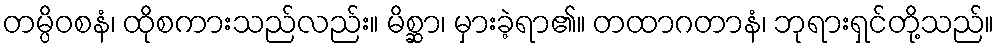
တမ္ပိဝစနံ၊ ထိုစကားသည်လည်း။ မိစ္ဆာ၊ မှားခဲ့ရာ၏။ တထာဂတာနံ၊ ဘုရားရှင်တို့သည်။